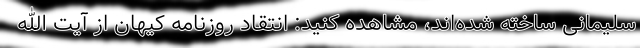
سلیمانی ساخته شده‌اند، مشاهده کنید: انتقاد روزنامه کیهان از آیت الله